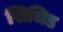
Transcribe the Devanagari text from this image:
खिचिड